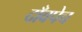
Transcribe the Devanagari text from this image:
दाँवपेच